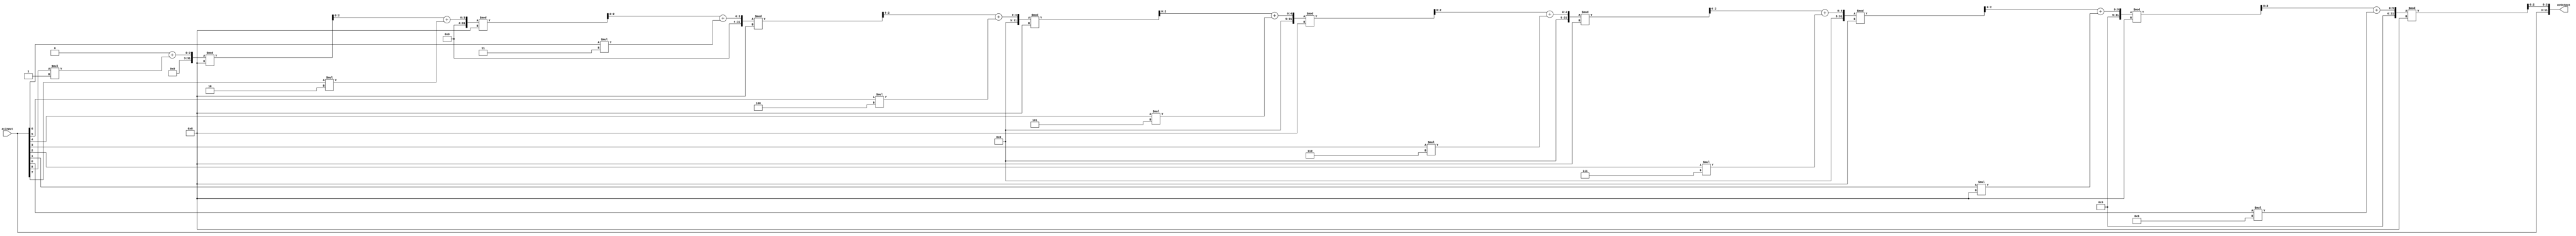
`timescale 1ns / 1ps

// [16][9] RAM Implementation.
module add_checksum(
	input [1:9] acInput,
	output reg [1:12] acOutput
    );
	 
//Write your code below
reg [0:2] checksum=0;
integer i;
always@*
begin
	for(i=1;i<=9;i=i+1)
	begin
		checksum=(checksum+(acInput[i]*i))%8;
	end
	acOutput[1:9]=acInput;
	acOutput[10:12]=checksum;
	checksum=0;
end
endmodule


module detect_error(
	input [1:12] decInput,
	output reg [1:9] decOutput
    );


//Write your code below
reg [0:2] detect=0;
integer i;
always@*
begin
	for(i=1;i<=9;i=i+1)
	begin
		detect=(detect+(decInput[i]*i))%8;
	end
	/*$display("detect_error = %b, decInput[10:12] = %b",detect,decInput[10:12]);*/
	if(detect[0:2]==decInput[10:12])
	begin
		decOutput=decInput[1:9];
		/*$display("decOutput = %b",decOutput);*/
	end
	else
	begin
		decOutput=9'b000000000;
		/*$display("decOutput = %b",decOutput);*/
	end
	detect=0;
end

endmodule


module RAM(
	input [8:0] rInput, 
	input CLK,
	input Mode, //0:read, 1:write
	input [3:0] rAddress,
	output reg [8:0] rOutput);

//Write your code below
reg [8:0] ram [0:15];
integer i,j;
initial begin
for(i=0;i<16;i=i+1)
begin
	for(j=0;j<9;j=j+1)
	begin
		ram[i][j]=1'b1;
	end
end

rOutput=ram[0];
end
always@(posedge CLK)
begin
if(Mode)
begin
	ram[rAddress]=rInput;
end
else
begin
	rOutput=ram[rAddress];
end
end
endmodule	

module ISBN_RAM(
	input [11:0] isbnInput,
	input CLK,
	input Mode, //0:read, 1:write
	input [3:0] isbnAddress,
	output  [11:0] isbnOutput);

wire [1:9] detect_errorToRam;  
wire [1:9] ramToadd_checksum; 

//DO NOT EDIT THIS MODULE
detect_error DC (isbnInput,detect_errorToRam);
RAM RM(detect_errorToRam,CLK,Mode,isbnAddress,ramToadd_checksum);
add_checksum EN (ramToadd_checksum,isbnOutput);
//DO NOT EDIT THIS MODULE
endmodule